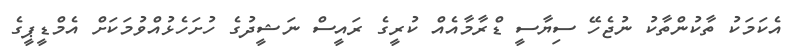
އެކަމަކު ތާކުންތާކު ނުޖެހޭ ސިޔާސީ ޑްރާމާއެއް ކުރީގެ ރައީސް ނަޝީދުގެ ހުށަހެޅުއްވުމަކަށް އެމްޑީޕީގެ